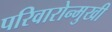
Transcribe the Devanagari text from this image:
परिवारोन्मुखी